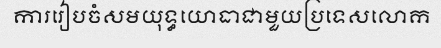
ការរៀបចំសមយុទ្ធយោធាជាមួយប្រទេសលោក